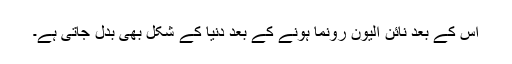
اس کے بعد نائن الیون رونما ہونے کے بعد دنیا کے شکل بھی بدل جاتی ہے۔